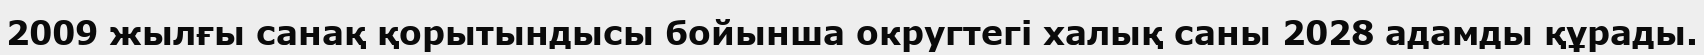
2009 жылғы санақ қорытындысы бойынша округтегі халық саны 2028 адамды құрады.